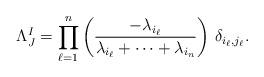
LaTeX: \begin{align*} \Lambda^I_J = \prod_{\ell=1}^n \left( \frac{-\lambda_{i_\ell}}{\lambda_{i_{\ell}} + \cdots + \lambda_{i_n}}\right)\,\delta_{i_\ell, j_\ell}.\end{align*}